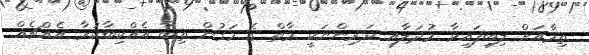
ތިމާއަށް ލިބިފައިވާ މުދަލާއި ދަރިންނަކީ މާތް ގެ މަގުން ތިބާ އެއްކިބާކުރާ އެއްޗެއް